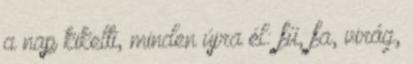
a nap kikelti, minden újra él: fű, fa, virág,